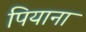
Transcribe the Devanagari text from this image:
पियाना